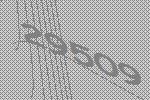
29509